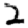
Digit: 2